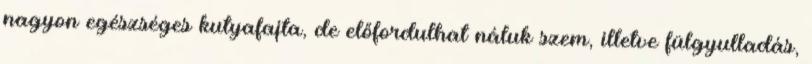
nagyon egészséges kutyafajta, de előfordulhat náluk szem, illetve fülgyulladás,